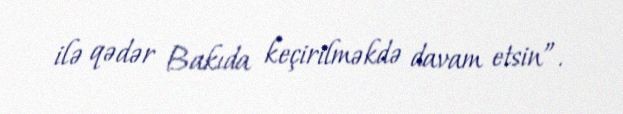
ilə qədər Bakıda keçirilməkdə davam etsin”.